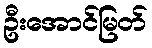
ဦးအောင်မြတ်